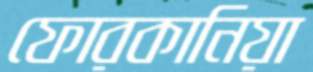
ফোরকানিয়া